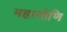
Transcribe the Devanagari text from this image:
महागोणि